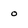
Character: 0